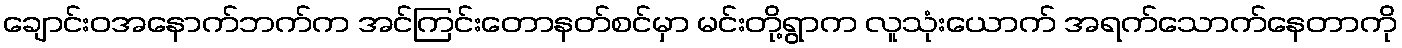
ချောင်းဝအနောက်ဘက်က အင်ကြင်းတောနတ်စင်မှာ မင်းတို့ရွာက လူသုံးယောက် အရက်သောက်နေတာကို